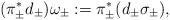
LaTeX: \begin{align*}(\pi^*_\pm d_{\pm})\omega_\pm:= \pi^*_{\pm}( d_{\pm} \sigma_\pm),\end{align*}